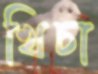
খিচা